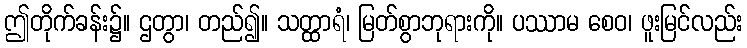
ဤတိုက်ခန်း၌။ ဌတွာ၊ တည်၍။ သတ္ထာရံ၊ မြတ်စွာဘုရားကို။ ပဿာမ စေဝ၊ ဖူးမြင်လည်း